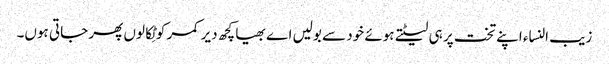
زیب النساء اپنے تخت پر ہی لیٹتے ہوئے خود سے بولیں اے بھیا کچھ دیر کمر کو ٹِکالوں پھر جاتی ہوں۔